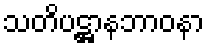
သတိပဋ္ဌာနဘာဝနာ